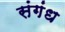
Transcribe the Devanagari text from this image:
संगंध